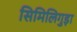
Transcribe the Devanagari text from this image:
सिमिलिगुड़ा